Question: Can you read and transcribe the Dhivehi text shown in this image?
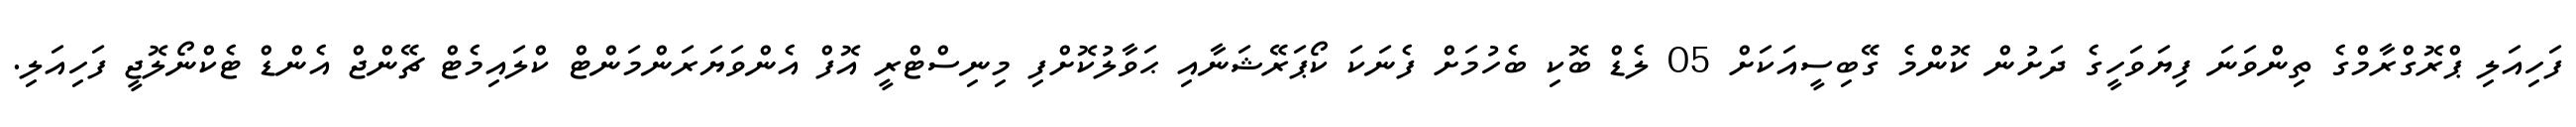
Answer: ފަހިއަލި ޕްރޮގްރާމްގެ ތިންވަނަ ފިޔަވަހީގެ ދަށުން ކޮންމެ ގޭބިސީއަކަށް 05 ލެޑް ބޮކި ބެހުމަށް ފެނަކަ ކޯޕަރޭޝަނާއި ޙަވާލުކޮށްފި މިނިސްޓްރީ އޮފް އެންވަޔަރަންމަންޓް ކްލައިމެޓް ޗޭންޖް އެންޑް ޓެކްނޯލޮޖީ ފަހިއަލި.